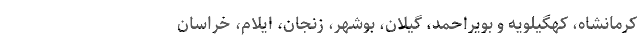
کرمانشاه، کهگیلویه و بویراحمد، گیلان، بوشهر، زنجان، ایلام، خراسان